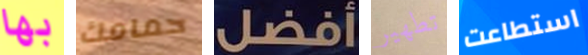
بها حمامك أفضل تطهير استطاعت